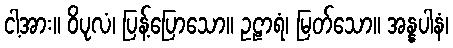
ငါ့အား။ ဝိပုလံ၊ ပြန့်ပြောသော။ ဥဠာရံ၊ မြတ်သော။ အန္နပါနံ၊